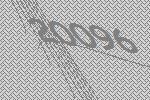
20096